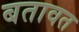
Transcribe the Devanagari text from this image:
बतावत